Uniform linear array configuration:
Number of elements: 64
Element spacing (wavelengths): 0.5
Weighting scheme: cosine
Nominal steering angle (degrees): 30
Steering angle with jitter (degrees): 30.331
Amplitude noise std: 0.05
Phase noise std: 0.05

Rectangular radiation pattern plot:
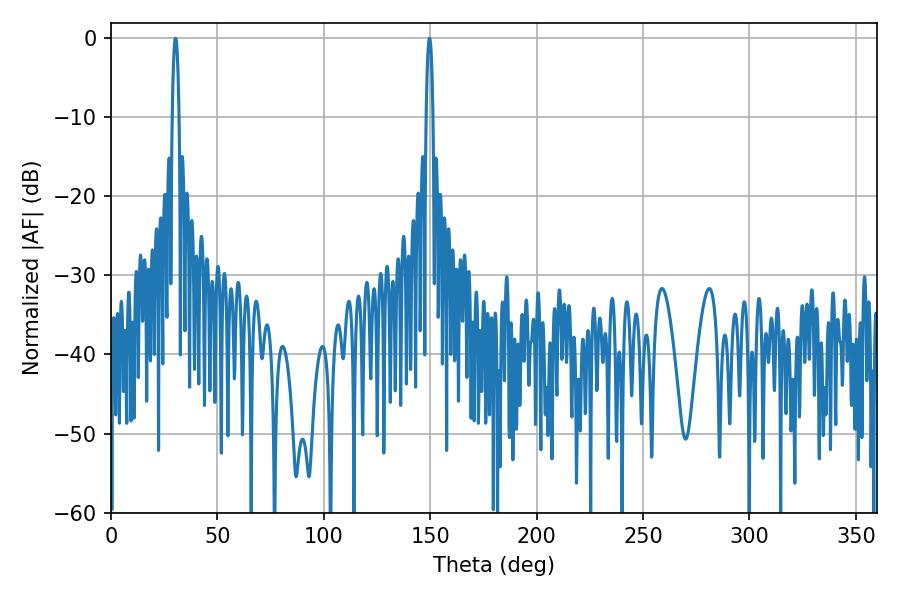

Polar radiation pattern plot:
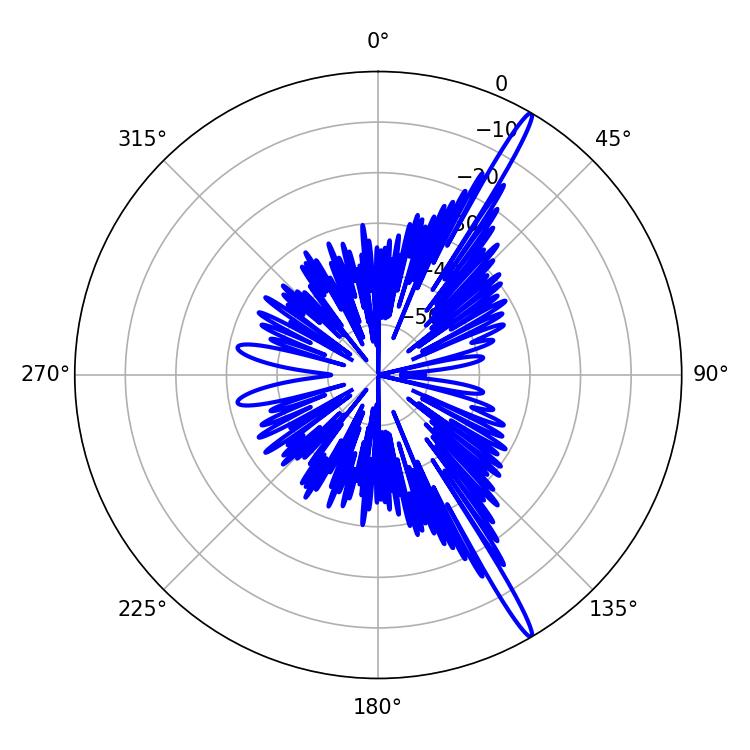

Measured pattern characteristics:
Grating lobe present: FALSE
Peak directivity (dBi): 17.354
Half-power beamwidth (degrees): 1.62
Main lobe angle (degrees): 30.42